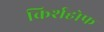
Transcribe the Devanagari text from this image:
किर्शहोफ